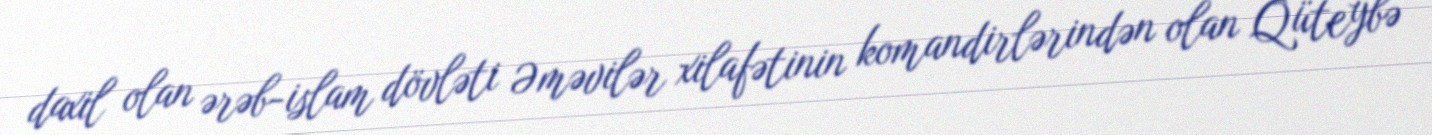
daxil olan ərəb-islam dövləti Əməvilər xilafətinin komandirlərindən olan Qüteybə